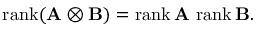
\operatorname { r a n k } ( \mathbf { A } \otimes \mathbf { B } ) = \operatorname { r a n k } \mathbf { A } \, \operatorname { r a n k } \mathbf { B } .